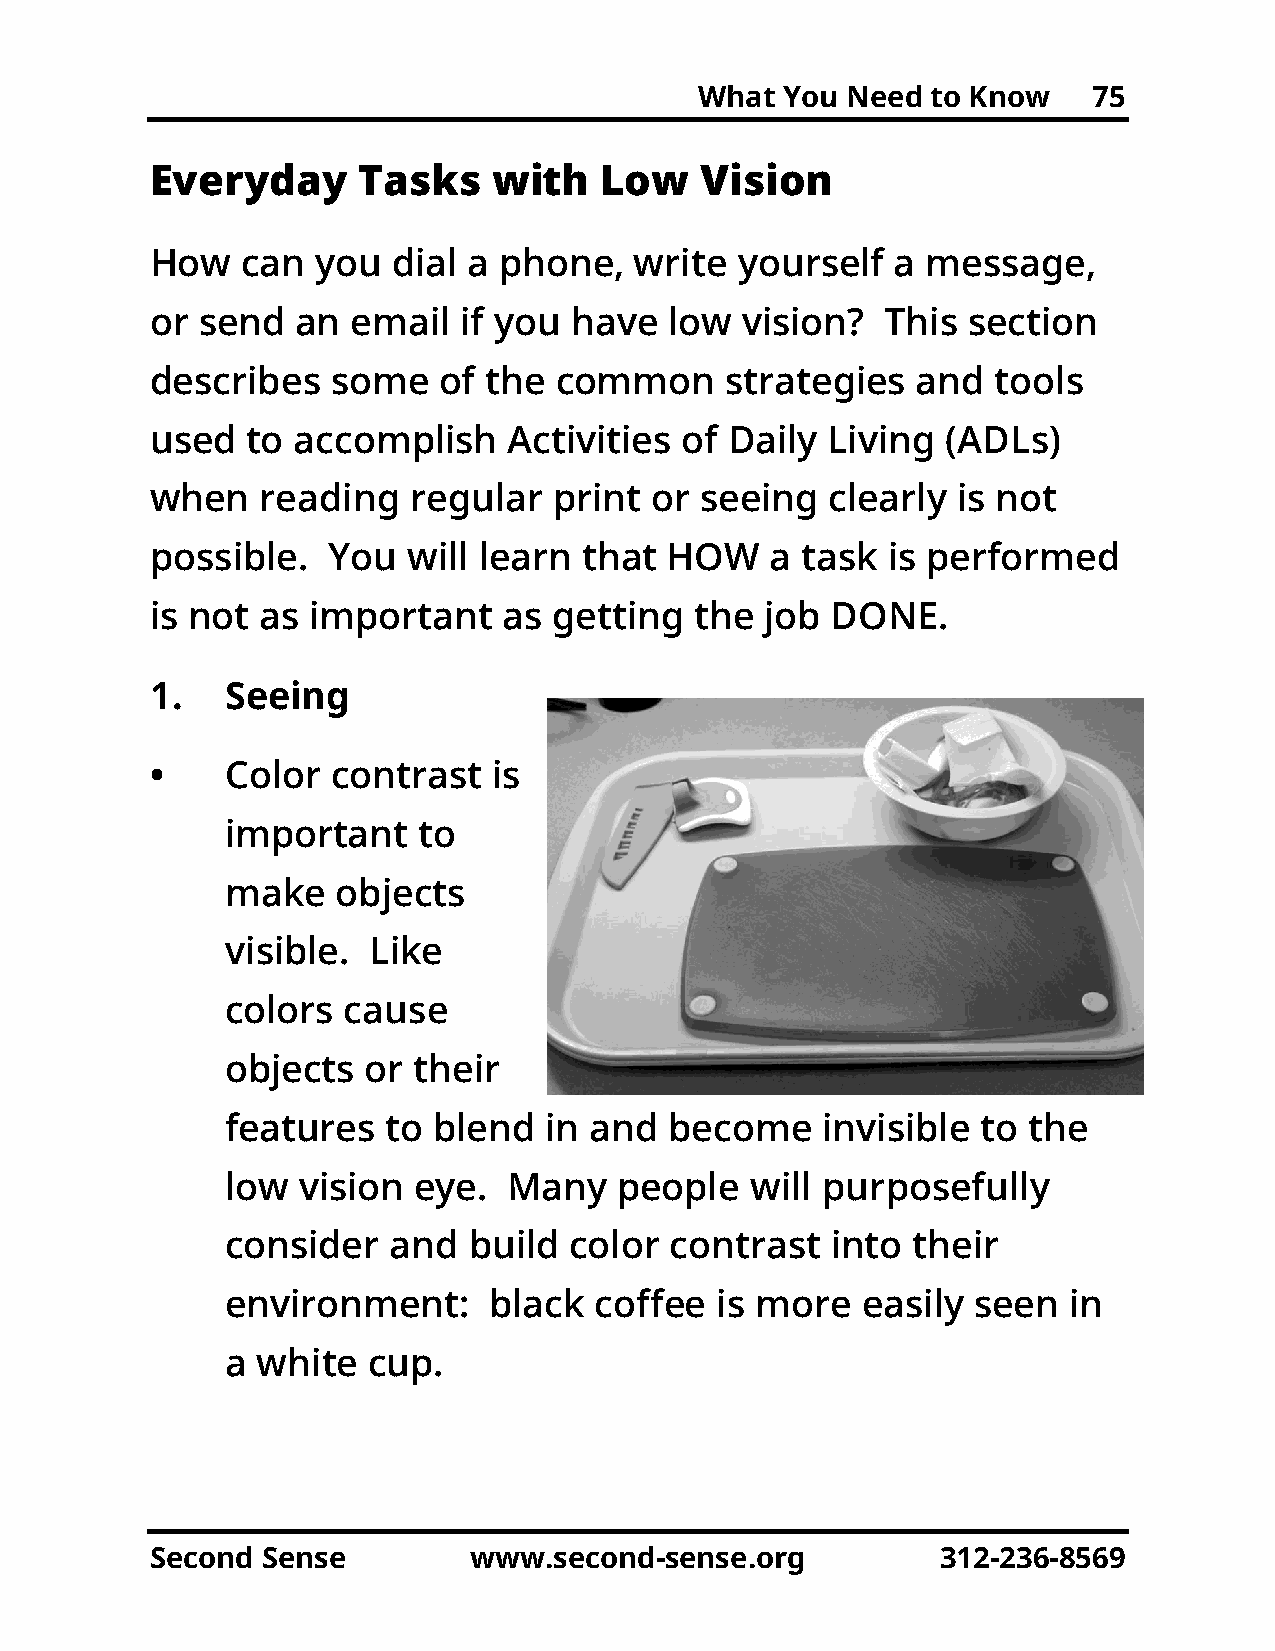
What  You Need  to Know   75
 Everyday      Tasks    with   Low   Vision
 How   can  you  dial a phone,   write  yourself  a message,
 or send   an email   if you have  low  vision?   This section
 describes   some   of the  common     strategies   and  tools
 used  to accomplish     Activities of Daily  Living  (ADLs)
 when   reading   regular   print or seeing   clearly is not
 possible.   You  will learn  that HOW    a task  is performed
 is not as important    as  getting  the  job DONE.
 1.   Seeing
 •    Color  contrast   is
 important    to
 make   objects
 visible. Like
 colors  cause
 objects  or their
 features   to blend  in and  become    invisible  to the
 low  vision eye.   Many   people   will purposefully
 consider   and  build  color contrast   into their
 environment:     black  coffee  is more   easily seen   in
 a white  cup.
 Second Sense         www.second-sense.org           312-236-8569